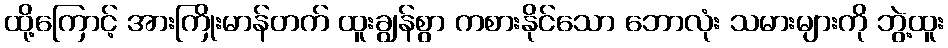
ထို့ကြောင့် အားကြိုးမာန်တက် ထူးချွန်စွာ ကစားနိုင်သော ဘောလုံး သမားများကို ဘွဲ့ထူး